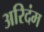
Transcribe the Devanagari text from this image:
अरिदंम